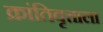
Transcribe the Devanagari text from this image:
क्रांतिवृत्ताला